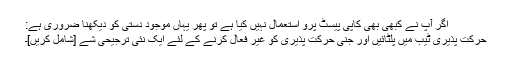
اگر آپ نے کبھی بھی کاپی پیسٹ پرو استعمال نہیں کیا ہے تو پھر یہاں موجود دستی کو دیکھنا ضروری ہے:
حرکت پذیری ٹیب میں پلٹائیں اور جنی حرکت پذیری کو غیر فعال کرنے کے لئے ایک نئی ترجیحی شے [شامل کریں]۔